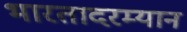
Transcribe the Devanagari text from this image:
भारतादरम्यान